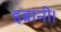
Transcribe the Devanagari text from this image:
इब्रानी।